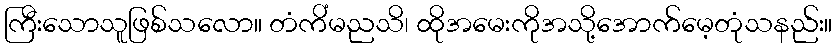
ကြီးသောသူဖြစ်သလော။ တံကိံမညသိ၊ ထိုအမေးကိုအသို့အောက်မေ့တုံသနည်း။